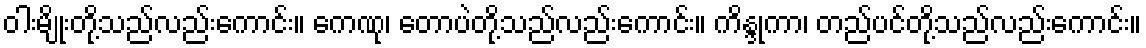
ဝါးမျိုးတို့သည်လည်းကောင်း။ ကေဏု၊ တောပဲတို့သည်လည်းကောင်း။ ကိန္ဒုကာ၊ တည်ပင်တို့သည်လည်းကောင်း။